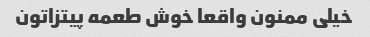
خیلی ممنون واقعا خوش طعمه پیتزاتون